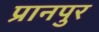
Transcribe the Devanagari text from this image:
प्रानपुर